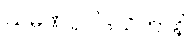
သမဏပ္ပဝါဒသိတာနိ